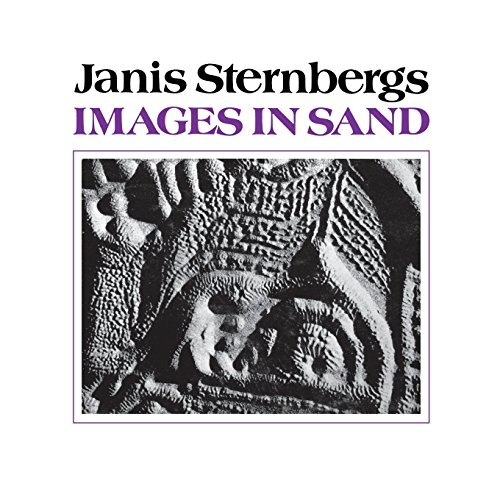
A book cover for Images in Sand; Janis Sternbergs; Arts & Photography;